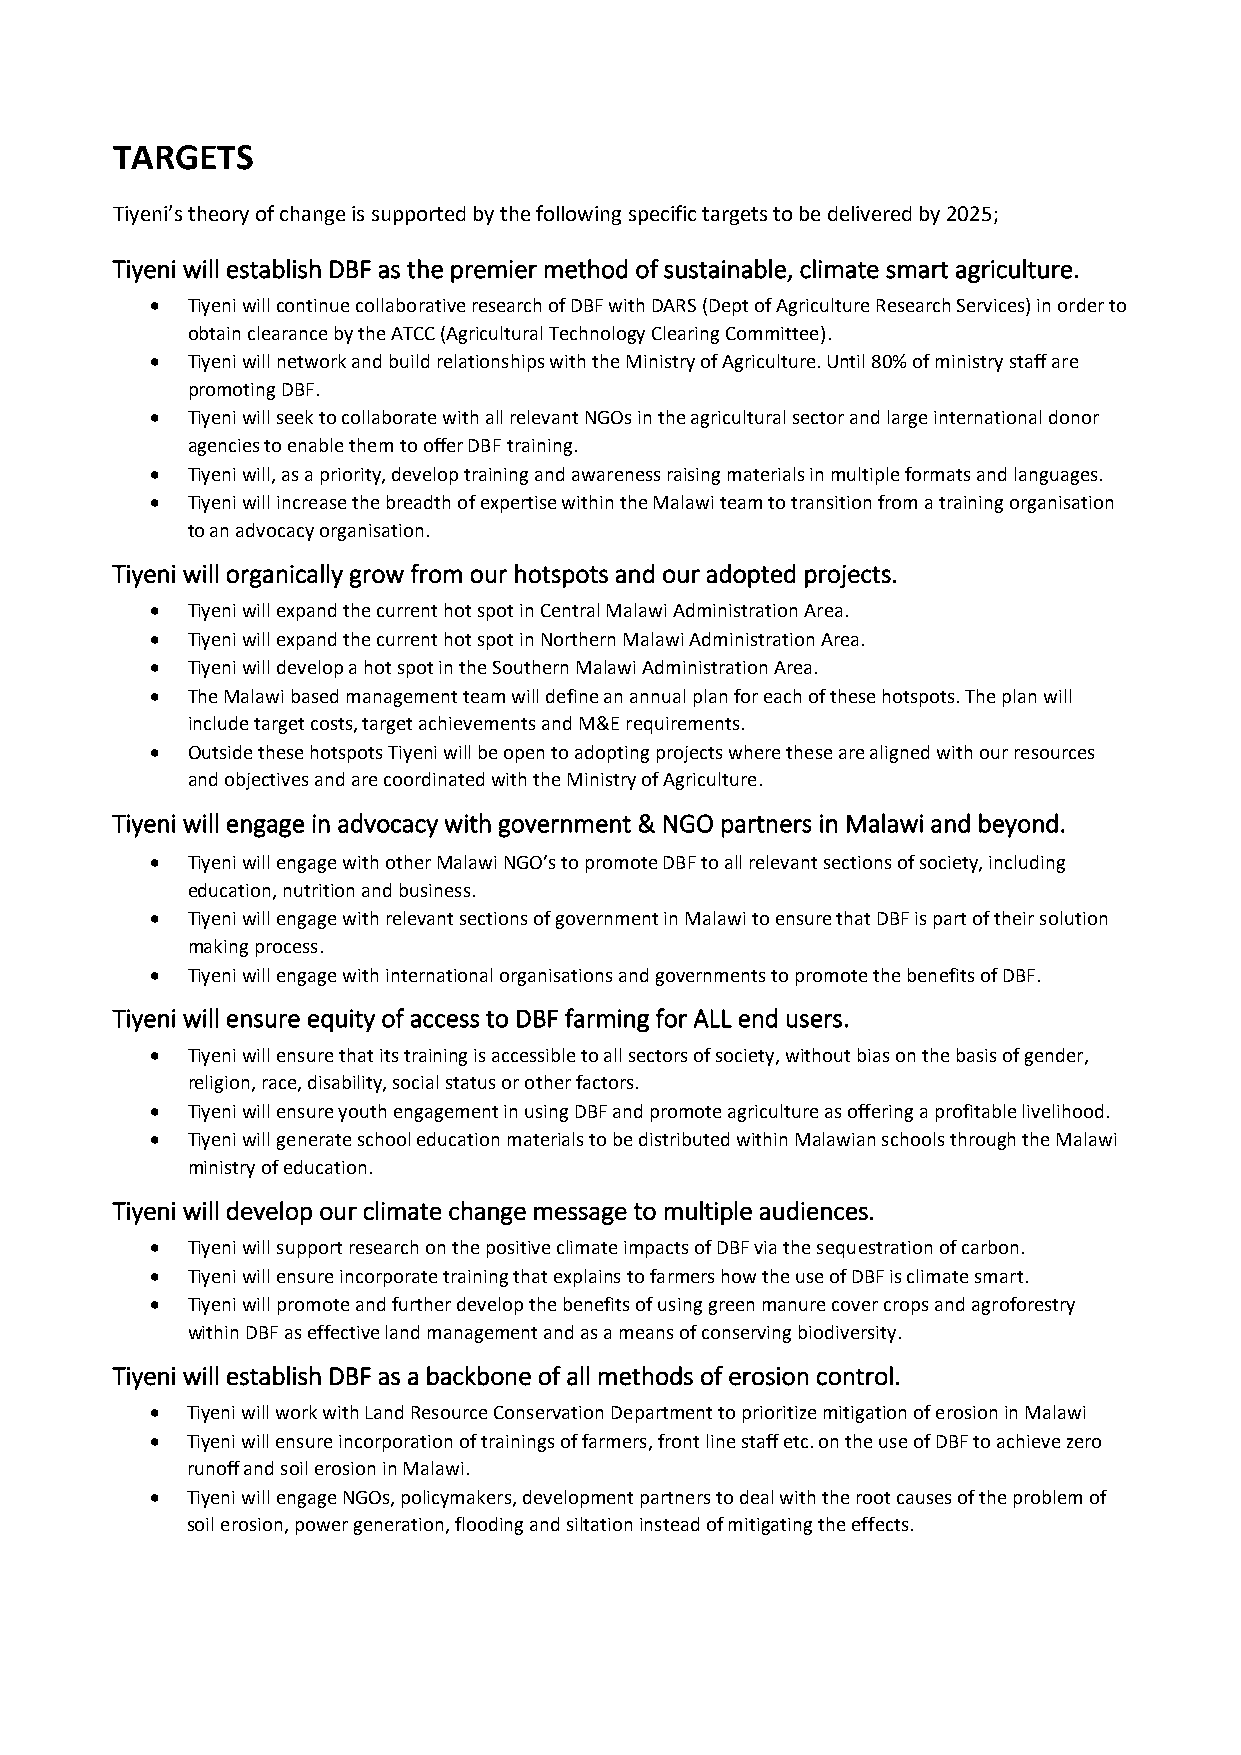
TARGETS
 Tiyeni’s theory of change is supported by the following specific targets to be delivered by 2025;
 Tiyeni will establish DBF as the premier method of sustainable, climate smart agriculture.
  Tiyeni will continue collaborative research of DBF with DARS (Dept of Agriculture Research Services) in order to
 obtain clearance by the ATCC (Agricultural Technology Clearing Committee).
  Tiyeni will network and build relationships with the Ministry of Agriculture. Until 80% of ministry staff are
 promoting DBF.
  Tiyeni will seek to collaborate with all relevant NGOs in the agricultural sector and large international donor
 agencies to enable them to offer DBF training.
  Tiyeni will, as a priority, develop training and awareness raising materials in multiple formats and languages.
  Tiyeni will increase the breadth of expertise within the Malawi team to transition from a training organisation
 to an advocacy organisation.
 Tiyeni will organically grow from our hotspots and our adopted projects.
  Tiyeni will expand the current hot spot in Central Malawi Administration Area.
  Tiyeni will expand the current hot spot in Northern Malawi Administration Area.
  Tiyeni will develop a hot spot in the Southern Malawi Administration Area.
  The Malawi based management team will define an annual plan for each of these hotspots. The plan will
 include target costs, target achievements and M&E requirements.
  Outside these hotspots Tiyeni will be open to adopting projects where these are aligned with our resources
 and objectives and are coordinated with the Ministry of Agriculture.
 Tiyeni will engage in advocacy with government & NGO partners in Malawi and beyond.
  Tiyeni will engage with other Malawi NGO’s to promote DBF to all relevant sections of society, including
 education, nutrition and business.
  Tiyeni will engage with relevant sections of government in Malawi to ensure that DBF is part of their solution
 making process.
  Tiyeni will engage with international organisations and governments to promote the benefits of DBF.
 Tiyeni will ensure equity of access to DBF farming for ALL end users.
  Tiyeni will ensure that its training is accessible to all sectors of society, without bias on the basis of gender,
 religion, race, disability, social status or other factors.
  Tiyeni will ensure youth engagement in using DBF and promote agriculture as offering a profitable livelihood.
  Tiyeni will generate school education materials to be distributed within Malawian schools through the Malawi
 ministry of education.
 Tiyeni will develop our climate change message to multiple audiences.
  Tiyeni will support research on the positive climate impacts of DBF via the sequestration of carbon.
  Tiyeni will ensure incorporate training that explains to farmers how the use of DBF is climate smart.
  Tiyeni will promote and further develop the benefits of using green manure cover crops and agroforestry
 within DBF as effective land management and as a means of conserving biodiversity.
 Tiyeni will establish DBF as a backbone of all methods of erosion control.
  Tiyeni will work with Land Resource Conservation Department to prioritize mitigation of erosion in Malawi
  Tiyeni will ensure incorporation of trainings of farmers, front line staff etc. on the use of DBF to achieve zero
 runoff and soil erosion in Malawi.
  Tiyeni will engage NGOs, policymakers, development partners to deal with the root causes of the problem of
 soil erosion, power generation, flooding and siltation instead of mitigating the effects.